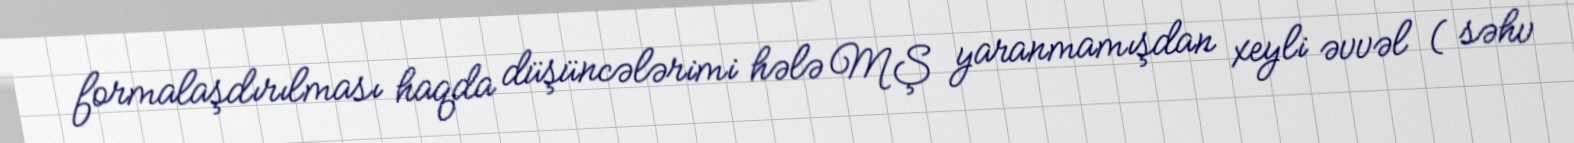
formalaşdırılması haqda düşüncələrimi hələ MŞ yaranmamışdan xeyli əvvəl ( səhv